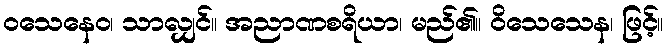
ဝသေနေဝ၊ သာလျှင်။ အညာဏစရိယာ၊ မည်၏။ ဝိသေသေန၊ ဖြင့်။